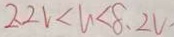
2 . 2 V < V < 8 . 2 V